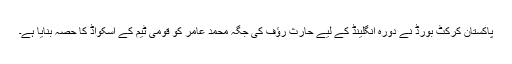
پاکستان کرکٹ بورڈ نے دورہ انگلینڈ کے لیے حارث رؤف کی جگہ محمد عامر کو قومی ٹیم کے اسکواڈ کا حصہ بنایا ہے۔